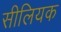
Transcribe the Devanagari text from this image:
सीलियक